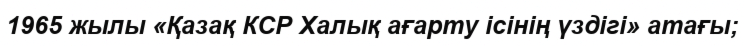
1965 жылы «Қазақ КСР Халық ағарту ісінің үздігі» атағы;